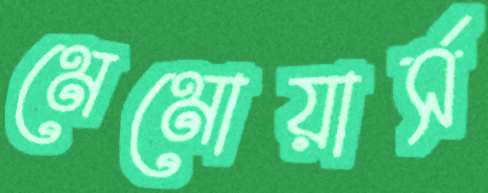
মেমোয়ার্স